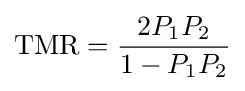
\mathrm {TMR} ={\frac {2P_{1}P_{2}}{1-P_{1}P_{2}}}